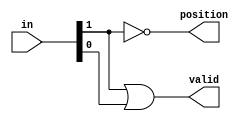
`timescale 1ns/1ns
module LZA2(
    input [1:0] in,
    output valid, 
    output position
);
    assign valid = in[1]|in[0];
    assign position = ~in[1];


endmodule